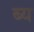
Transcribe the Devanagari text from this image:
ब्य